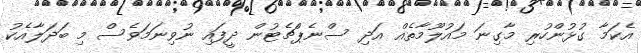
އެކަމާ ގުޅުންހުރި މާގިނަ މައުލޫމާތެއް އަދި ސްނެޕްޗެޓުން ދީފައި ނުވިނަމަވެސް މި ބަދަލާއެކު